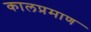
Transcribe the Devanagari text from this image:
कालप्रमाण